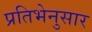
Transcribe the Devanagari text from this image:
प्रतिभेनुसार